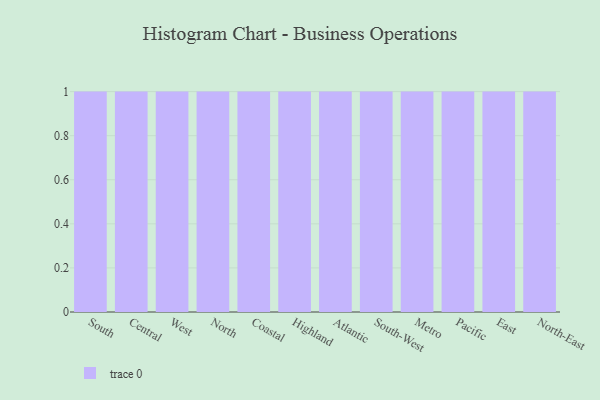
{"axis": {"x": "Region", "y": "Revenue (USD Million)"}, "legend": [""], "data": [{"x": "South", "y": 71, "type": ""}, {"x": "Central", "y": 5, "type": ""}, {"x": "West", "y": 21, "type": ""}, {"x": "North", "y": 27, "type": ""}, {"x": "Coastal", "y": 47, "type": ""}, {"x": "Highland", "y": 16, "type": ""}, {"x": "Atlantic", "y": 7, "type": ""}, {"x": "South-West", "y": 34, "type": ""}, {"x": "Metro", "y": 31, "type": ""}, {"x": "Pacific", "y": 72, "type": ""}, {"x": "East", "y": 29, "type": ""}, {"x": "North-East", "y": 10, "type": ""}]}